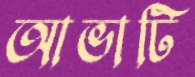
আভাটি